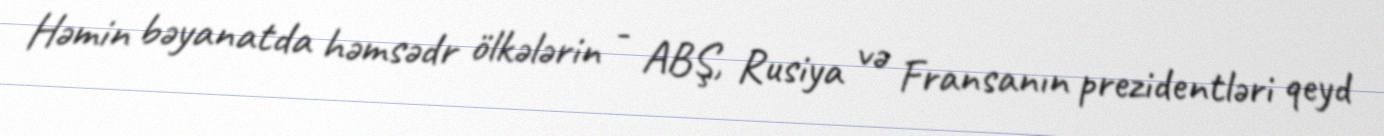
Həmin bəyanatda həmsədr ölkələrin - ABŞ, Rusiya və Fransanın prezidentləri qeyd